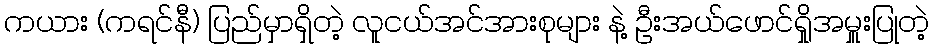
ကယား (ကရင်နီ) ပြည်မှာရှိတဲ့ လူငယ်အင်အားစုများ နဲ့ ဦးအယ်ဖောင်ရှိုအမှူးပြုတဲ့